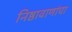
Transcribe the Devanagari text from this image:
निष्ठावाणांचा